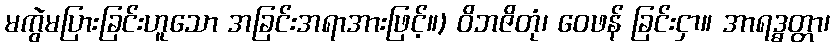
မကွဲမပြားခြင်းဟူသော အခြင်းအရာအားဖြင့်။) ဝိဘဇိတုံ၊ ဝေဖန် ခြင်းငှာ။ အာရဒ္ဓတ္တာ၊